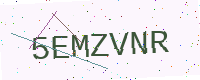
Text: 5EMZVNR